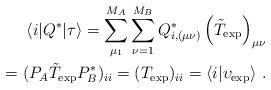
LaTeX: \begin{align*}\langle i \vert Q^* \vert \tau \rangle = \sum_{\mu_1}^{M_A} \sum_{\nu=1}^{M_B} Q^*_{i,(\mu\nu)} \left(\tilde{T}_{\rm exp}\right)_{\mu\nu} \\= (P_A\tilde{T}_{\rm \exp} P_B^* )_{ii} = (T_{\rm exp})_{ii} = \langle i \vert \upsilon_{\rm exp} \rangle \ . \end{align*}